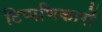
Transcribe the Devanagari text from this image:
टिप्पणिकारों